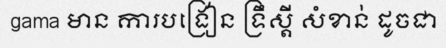
gama មាន ការបង្រៀន ទ្រឹស្តី សំខាន់ ដូចជា